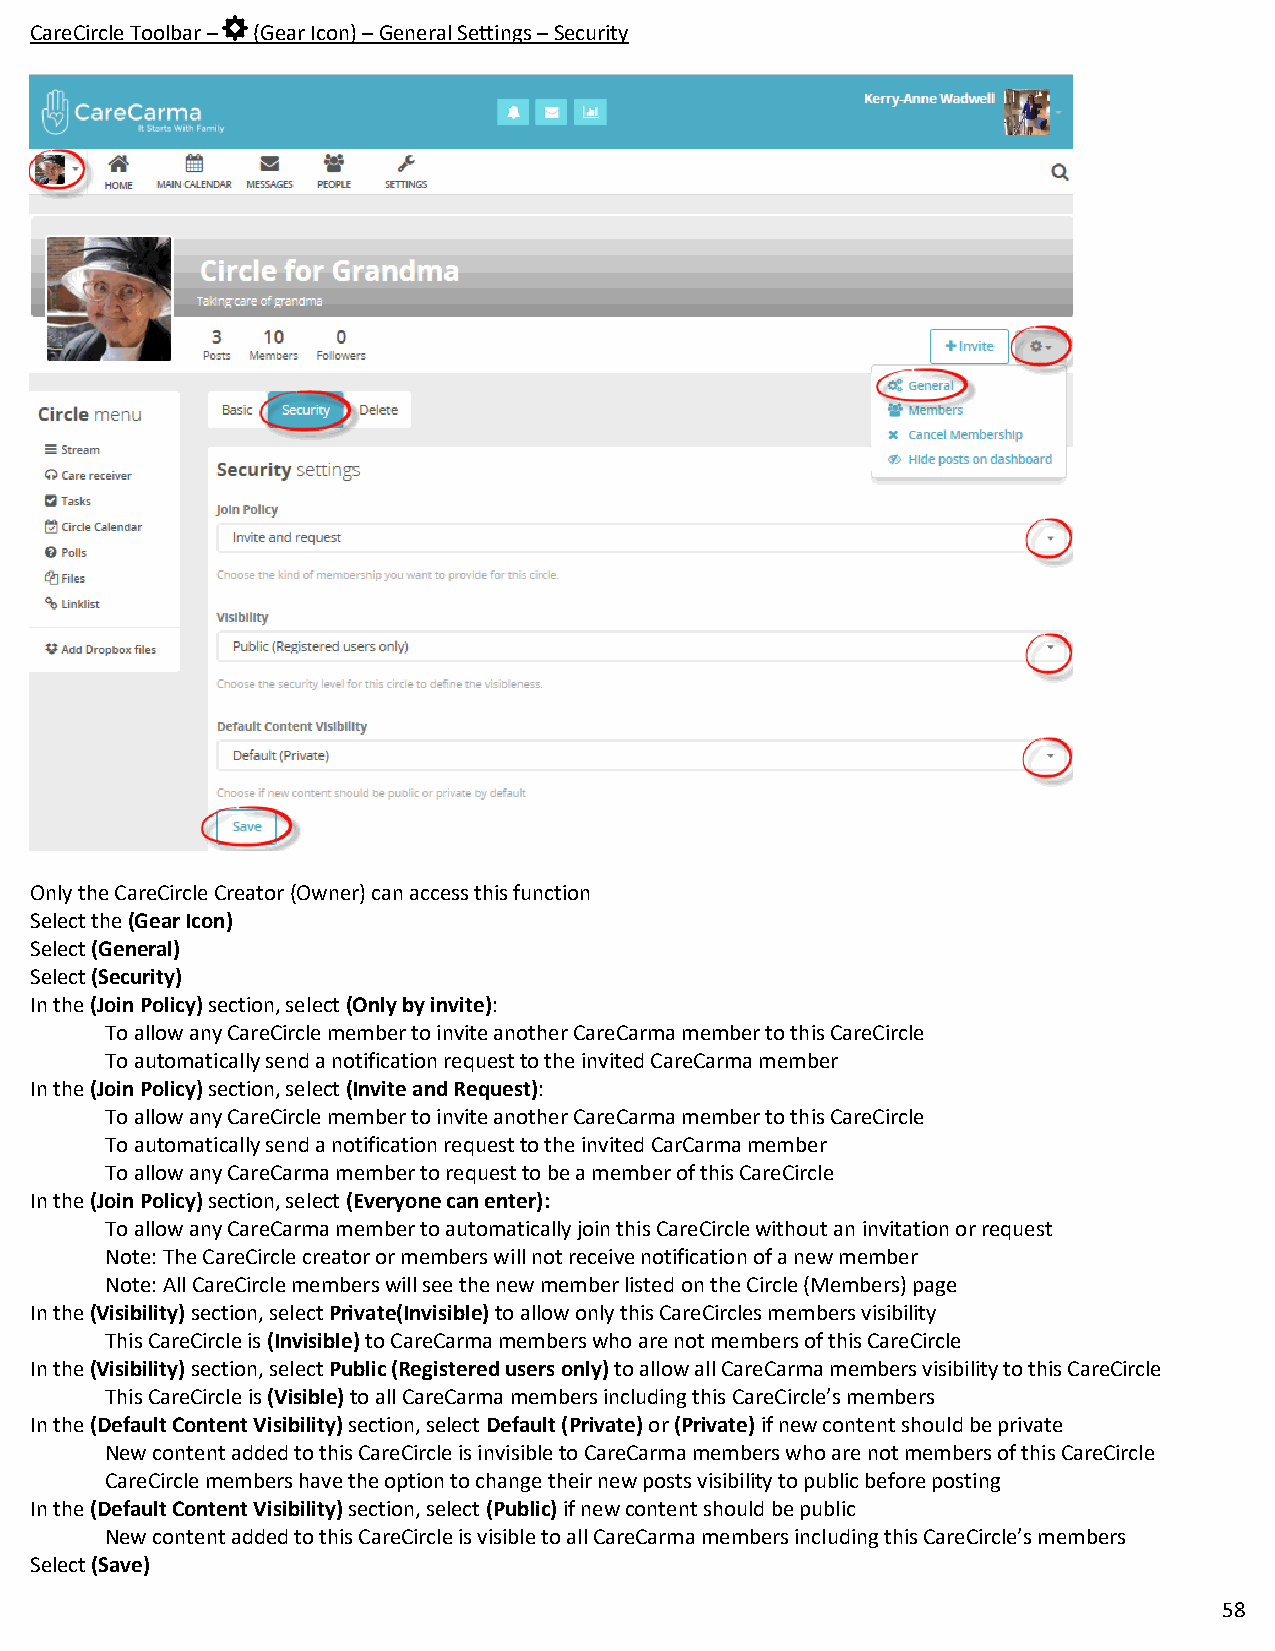
CareCircle Toolbar – (Gear Icon) – General Settings – Security
 Only the CareCircle Creator (Owner) can access this function
 Select the (Gear Icon)
 Select (General)
 Select (Security)
 In the (Join Policy) section, select (Only by invite):
 To allow any CareCircle member to invite another CareCarma member to this CareCircle
 To automatically send a notification request to the invited CareCarma member
 In the (Join Policy) section, select (Invite and Request):
 To allow any CareCircle member to invite another CareCarma member to this CareCircle
 To automatically send a notification request to the invited CarCarma member
 To allow any CareCarma member to request to be a member of this CareCircle
 In the (Join Policy) section, select (Everyone can enter):
 To allow any CareCarma member to automatically join this CareCircle without an invitation or request
 Note: The CareCircle creator or members will not receive notification of a new member
 Note: All CareCircle members will see the new member listed on the Circle (Members) page
 In the (Visibility) section, select Private(Invisible) to allow only this CareCircles members visibility
 This CareCircle is (Invisible) to CareCarma members who are not members of this CareCircle
 In the (Visibility) section, select Public (Registered users only) to allow all CareCarma members visibility to this CareCircle
 This CareCircle is (Visible) to all CareCarma members including this CareCircle’s members
 In the (Default Content Visibility) section, select Default (Private) or (Private) if new content should be private
 New content added to this CareCircle is invisible to CareCarma members who are not members of this CareCircle
 CareCircle members have the option to change their new posts visibility to public before posting
 In the (Default Content Visibility) section, select (Public) if new content should be public
 New content added to this CareCircle is visible to all CareCarma members including this CareCircle’s members
 Select (Save)
 58